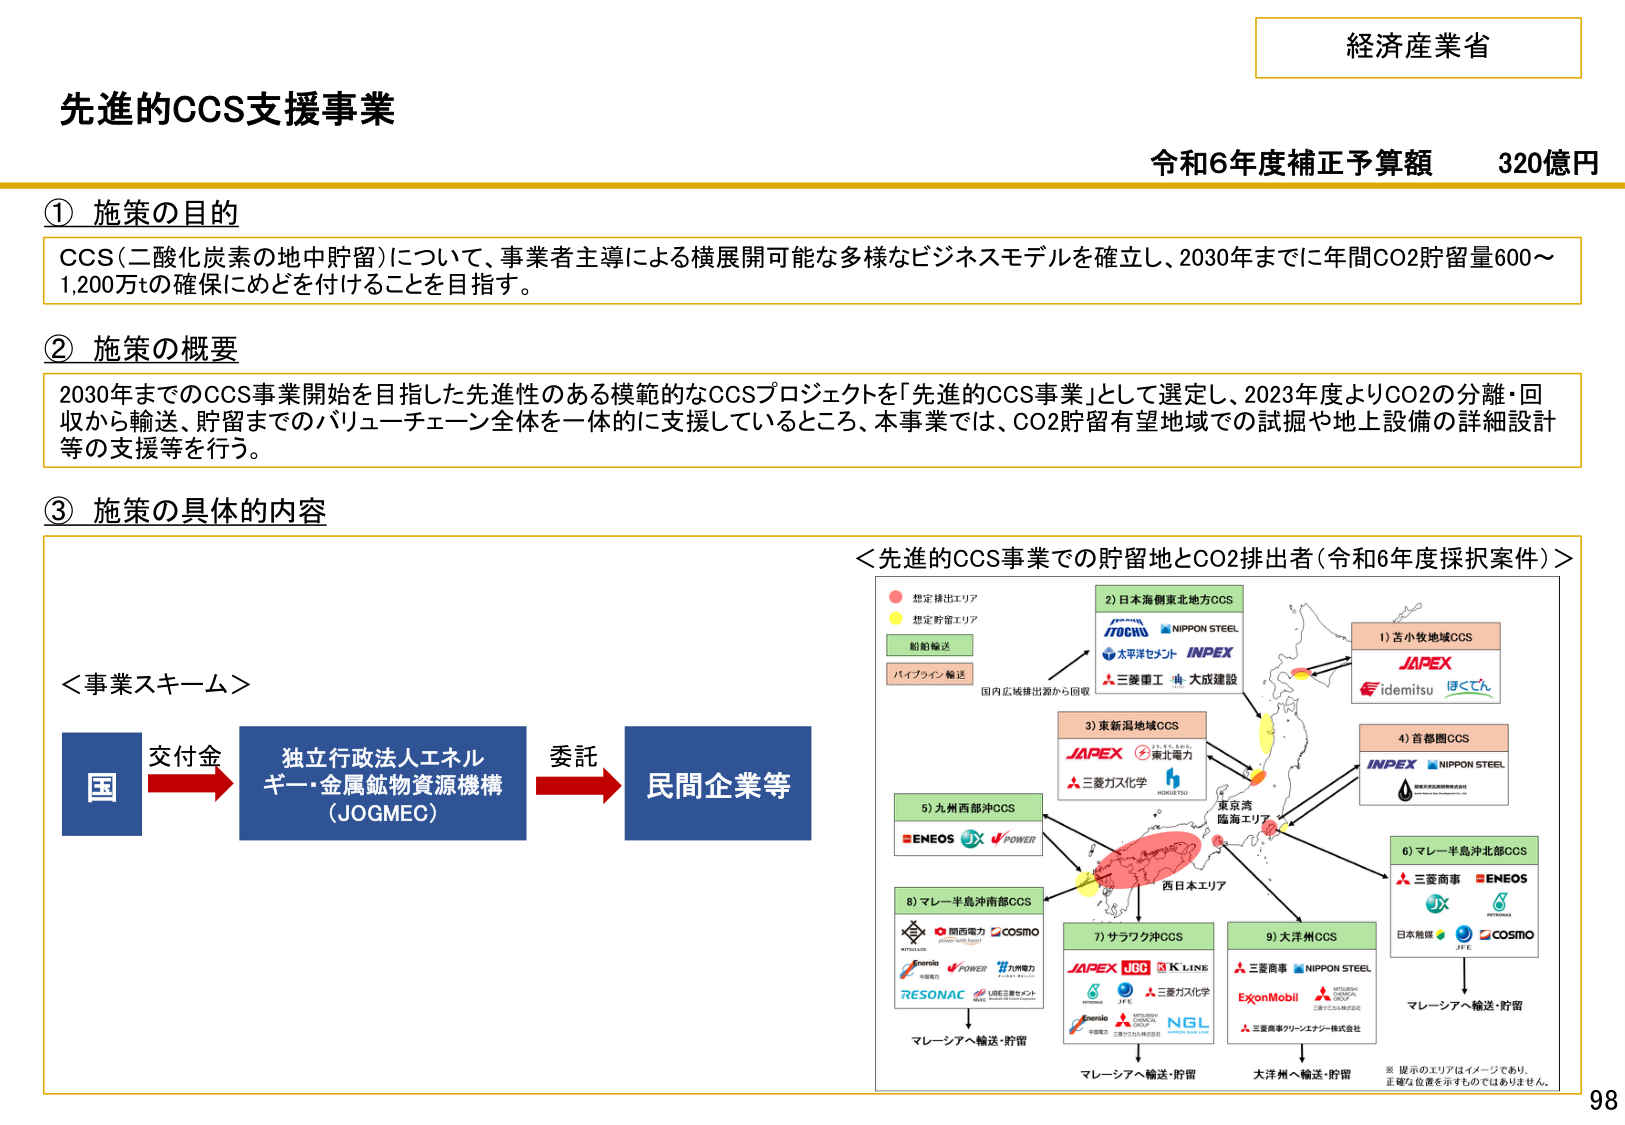
経済産業省
先進的CCS支援事業
令和6年度補正予算額 320億円

① 施策の目的
CCS（二酸化炭素の地中貯留）について、事業者主導による横展開可能な多様なビジネスモデルを確立し、2030年までに年間CO2貯留量600～1,200万tの確保にめどを付けることを目指す。

② 施策の概要
2030年までのCCS事業開始を目指した先進性のある模範的なCCSプロジェクトを「先進的CCS事業」として選定し、2023年度よりCO2の分離・回収から輸送、貯留までのバリューチェーン全体を一体的に支援しているところ、本事業では、CO2貯留有望地域での試掘や地上設備の詳細設計等の支援等を行う。

③ 施策の具体的な内容

＜事業スキーム＞
国 → 交付金 → 独立行政法人エネルギー・金属鉱物資源機構（JOGMEC） → 委託 → 民間企業等

＜先進的CCS事業での貯留地とCO2排出者（令和6年度採択案件）＞
想定排出エリア
想定貯留エリア
船舶輸送
パイプライン輸送
国内広域排出源から回収

1) 苦小牧地域CCS
JAPEX
idemitsu
ほくとん

2) 日本海側東北地方CCS
JOGMEC
NIPPON STEEL
太平洋セメント
INPEX
三菱重工
大成建設

3) 東新潟地域CCS
JAPEX
東北電力
三菱ガス化学
HORIETSU

4) 首都圏CCS
INPEX
NIPPON STEEL
東京湾臨海エリア

5) 九州西部沖CCS
ENEOS
JX
POWER

6) マレー半島沖北部CCS
三菱商事
ENEOS
JX
COSMO
日本触媒
JFE
COSMO

7) サラワク沖CCS
JAPEX
JOG
K LINE
三菱ガス化学
ENEOS
NGL
三井物産
三菱商事クリーンエネルギー株式会社

8) マレー半島沖南部CCS
関西電力
COSMO
ENEOS
POWER
九電力
RESONAC
UBE三菱ケミカル
マレーシアへ輸送・貯留

9) 大洋州CCS
三菱商事
NIPPON STEEL
ExxonMobil
三菱商事クリーンエネルギー株式会社
大洋州へ輸送・貯留

※提示のエリアはイメージであり、正確な位置を示すものではありません。
西日本エリア

98